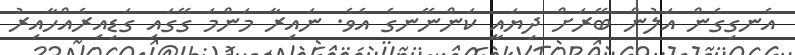
އެނގިގެން އަލުން ބޭރަށް ދިޔައީ ކަންނޭނގެ އެވެ. ނައިރާ މަންމަ ގޭގައި ގަޑިއިރެއްހާއިރު